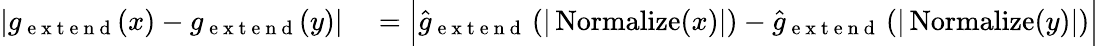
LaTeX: \begin{array}{rl}{|g_{\mathrm{~e~x~t~e~n~d~}}(x)-g_{\mathrm{~e~x~t~e~n~d~}}(y)|}&{{}=\Big|\widehat{g}_{\mathrm{~e~x~t~e~n~d~}}\left(|\operatorname{Normalize}(x)|\right)-\widehat{g}_{\mathrm{~e~x~t~e~n~d~}}\left(|\operatorname{Normalize}(y)|\right)\Big|}\end{array}